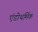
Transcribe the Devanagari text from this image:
एंडोथर्मिक